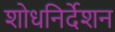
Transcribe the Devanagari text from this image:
शोधनिर्देशन